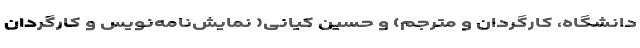
دانشگاه، کارگردان و مترجم) و حسین کیانی( نمایش‌نامه‌نویس و کارگردان